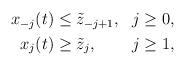
LaTeX: \begin{align*} \begin{aligned}x_{-j}(t) & \leq \tilde{z}_{-j+1},& j &\geq 0, \\ x_j(t) & \geq \tilde{z}_j, & j& \geq 1, \end{aligned} \end{align*}